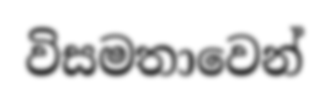
විසමතාවෙන්